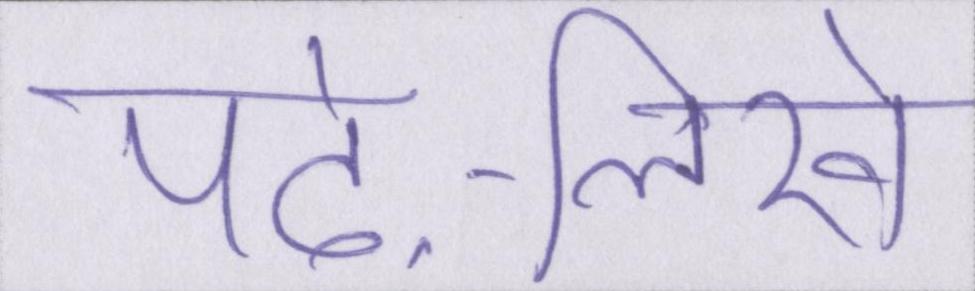
पढ़े-लिखे